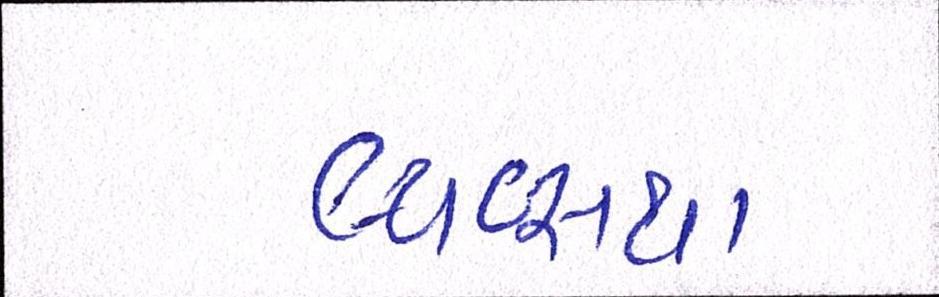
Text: વ્યવ્સથા